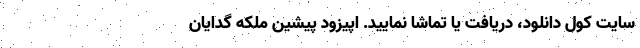
سایت کول دانلود، دریافت یا تماشا نمایید. اپیزود پیشین ملکه گدایان